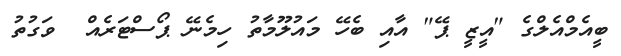
ބީއެމްއެލްގެ "އީޒީ ޕޭ" އާއި ބެހޭ މައުލޫމާތު ހިމެނޭ ޕޯސްޓަރެއް  ވަގުތު